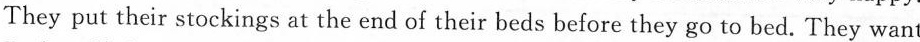
They put their stockings at the end of their beds before they go to bed. They want